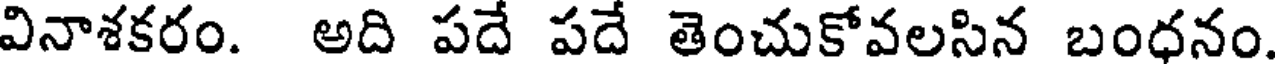
వినాశకరం. అది పదే పదే తెంచుకోవలసిన బంధనం